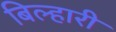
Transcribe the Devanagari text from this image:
बिल्हारी